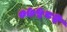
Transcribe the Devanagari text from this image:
०७५८२